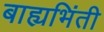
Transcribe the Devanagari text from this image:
बाह्यभिंती